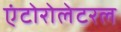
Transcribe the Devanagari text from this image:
एंटोरोलेटरल